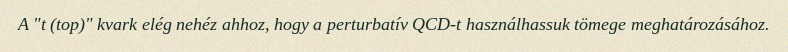
A "t (top)" kvark elég nehéz ahhoz, hogy a perturbatív QCD-t használhassuk tömege meghatározásához.